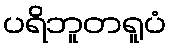
ပရိဘူတရူပံ